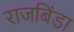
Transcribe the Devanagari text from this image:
राजबिंडा